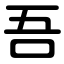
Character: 吾